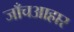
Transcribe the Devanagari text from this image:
जाँचआहार